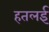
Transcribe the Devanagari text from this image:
हतलई